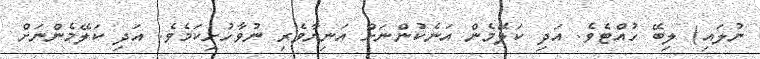
ނުލައި) ލިބޭ ހުއްޓެވެ. އަދި ކަލޭމެން އަނެކުންނަށް އަނިޔާވެރި ނުވާހުށިކަމެވެ. އަދި ކަލޭމެންނަށް